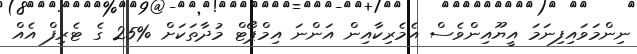
ނިންމަވައިފިނަމަ އީޔޫއިންވެސް އެމެރިކާއިން އަންނަ އިމްޕޯޓް މުދާތަކަށް %25 ގެ ޓެރިފް އެއް